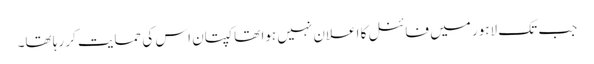
جب تک لاہور میں فائنل کا اعلان نہیں ہوا تھا کپتان اس کی حمایت کر رہا تھا۔